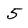
Character: 5